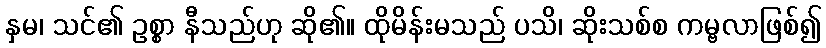
နှမ၊ သင်၏ ဥစ္စာ နီသည်ဟု ဆို၏။ ထိုမိန်းမသည် ပသိ၊ ဆိုးသစ်စ ကမ္ဗလာဖြစ်၍